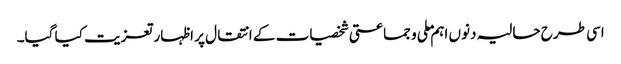
اسی طرح حالیہ دنوں اہم ملی و جماعتی شخصیات کے انتقال پر اظہار تعزیت کیا گیا۔